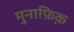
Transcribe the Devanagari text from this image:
मुनाफ़िक़